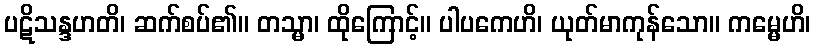
ပဋိသန္ဒဟတိ၊ ဆက်စပ်၏။ တသ္မာ၊ ထိုကြောင့်။ ပါပကေဟိ၊ ယုတ်မာကုန်သော။ ကမ္မေဟိ၊